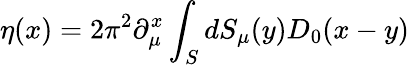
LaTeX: \eta(x)=2\pi^{2}\partial_{\mu}^{x}\int_{S}^{}dS_{\mu}(y)D_{0}(x-y)